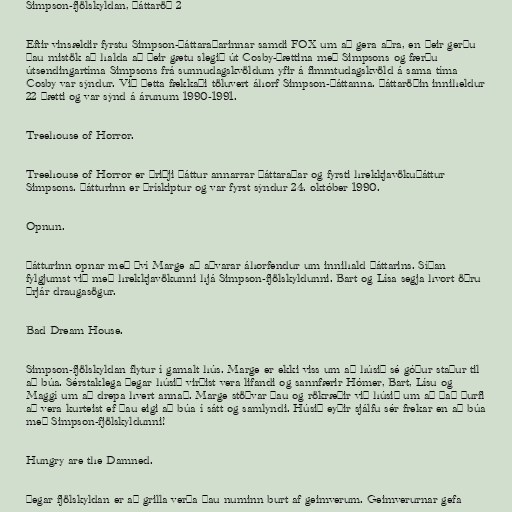
Simpson-fjölskyldan, þáttaröð 2

Eftir vinsældir fyrstu Simpson-þáttaraðarinnar samdi FOX um að gera aðra, en þeir gerðu
þau mistök að halda að þeir gætu slegið út Cosby-þættina með Simpsons og færðu
útsendingartíma Simpsons frá sunnudagskvöldum yfir á fimmtudagskvöld á sama tíma
Cosby var sýndur. Við þetta fækkaði töluvert áhorf Simpson-þáttanna. Þáttaröðin inniheldur
22 þætti og var sýnd á árunum 1990-1991.

Treehouse of Horror.

Treehouse of Horror er þriðji þáttur annarrar þáttaraðar og fyrsti hrekkjavökuþáttur
Simpsons. Þátturinn er þrískiptur og var fyrst sýndur 24. október 1990.

Opnun.

Þátturinn opnar með því Marge að aðvarar áhorfendur um innihald þáttarins. Síðan
fylgjumst við með hrekkjavökunni hjá Simpson-fjölskyldunni. Bart og Lísa segja hvort öðru
þrjár draugasögur.

Bad Dream House.

Simpson-fjölskyldan flytur í gamalt hús. Marge er ekki viss um að húsið sé góður staður til
að búa. Sérstaklega þegar húsið virðist vera lifandi og sannfærir Hómer, Bart, Lísu og
Maggí um að drepa hvert annað. Marge stöðvar þau og rökræðir við húsið um að það þurfi
að vera kurteist ef þau eigi að búa í sátt og samlyndi. Húsið eyðir sjálfu sér frekar en að búa
með Simpson-fjölskyldunni!

Hungry are the Damned.

Þegar fjölskyldan er að grilla verða þau numinn burt af geimverum. Geimverurnar gefa